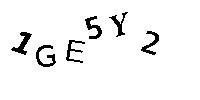
1GE5Y2